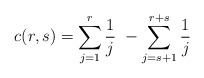
\begin{align*}c(r,s) = \sum_{j=1}^r \frac{1}{j} \,\, - \sum_{j=s+1}^{r+s} \frac{1}{j}\end{align*}